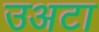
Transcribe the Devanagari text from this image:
उअटा